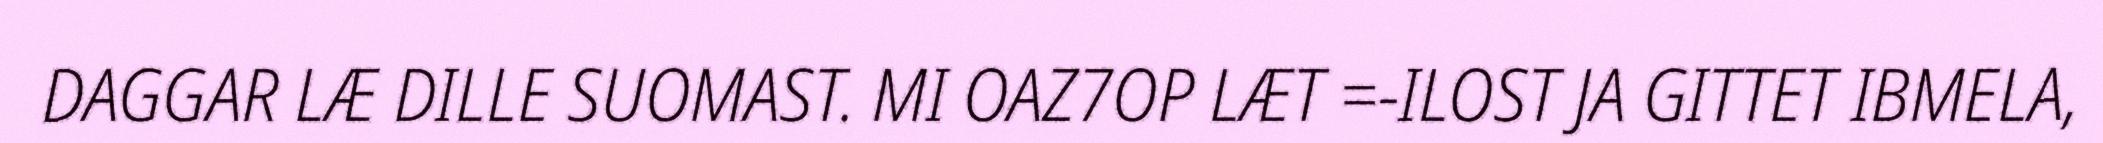
DAGGAR LÆ DILLE SUOMAST. MI OAZ7OP LÆT =-ILOST JA GITTET IBMELA,